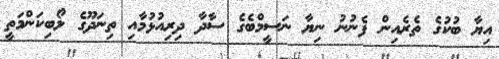
އިޔާ ބުކުގެ ތެރެއިން ފެނުނު ނިޔާ ނަސީމްބެގެ ސާދާ ދިރިއުޅުމާއި ތިނަދޫގެ ލޯބިކަންމަތީ